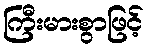
ကြီးမားစွာဖြင့်